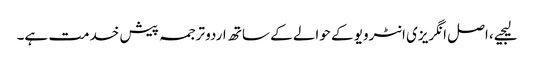
لیجیے، اصل انگریزی انٹرویو کے حوالے کے ساتھ اردو ترجمہ پیش خدمت ہے۔